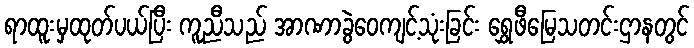
ရာထူးမှထုတ်ပယ်ပြီး ကူညီသည် အာဏာခွဲဝေကျင့်သုံးခြင်း ရွှေဖီမြေသတင်းဌာနတွင်